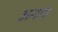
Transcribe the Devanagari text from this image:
अनाए